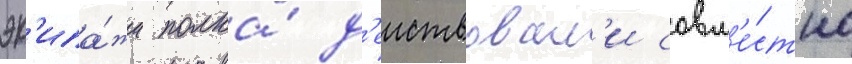
эк'ипа́жи полка́ д'еиствовал'и совм'е́стно